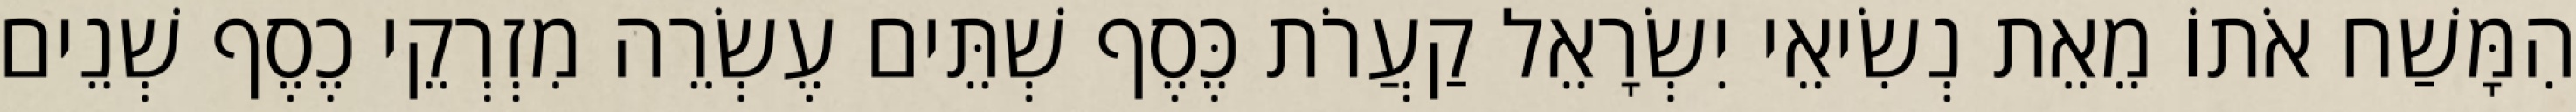
הִמָּשַׁח אֹתוֹ מֵאֵת נְשִׂיאֵי יִשְׂרָאֵל קַעֲרֹת כֶּסֶף שְׁתֵּים עֶשְׂרֵה מִזְרְקֵי כֶסֶף שְׁנֵים